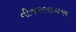
વીજરસાયણ